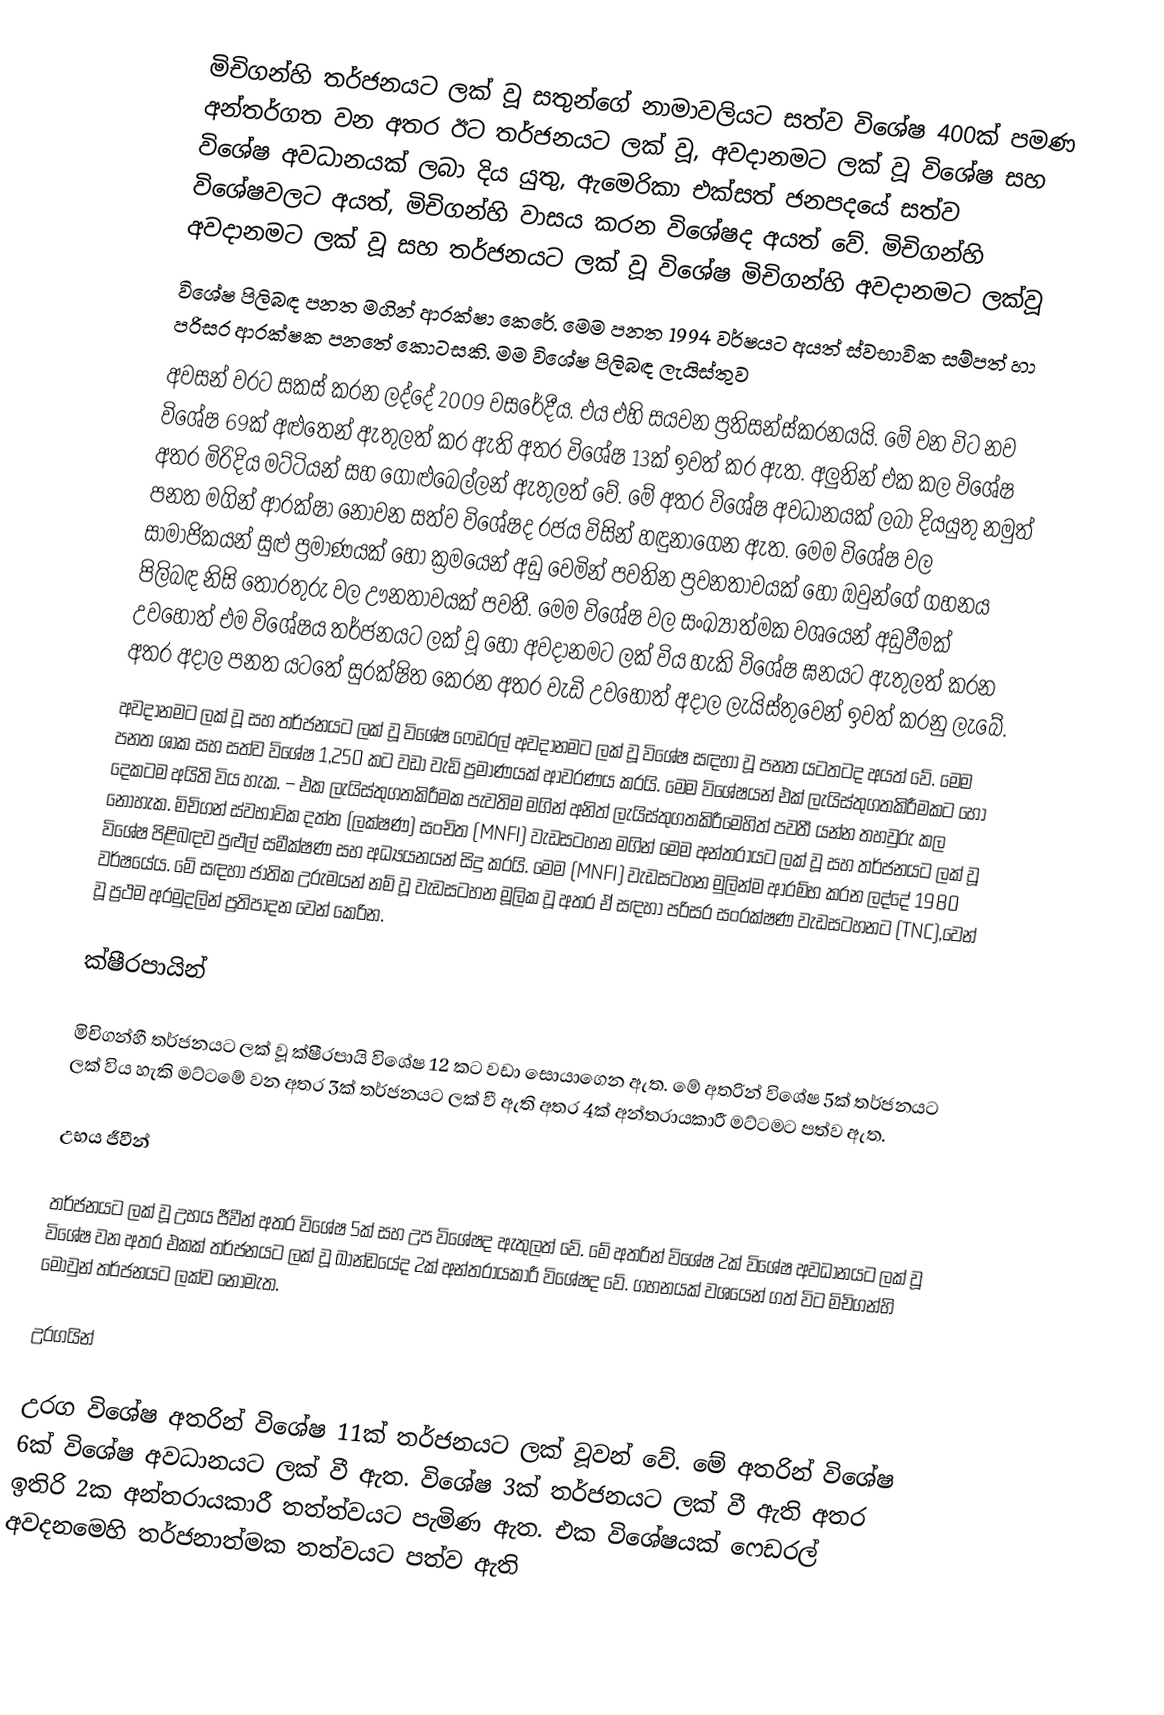
මිචිගන්හි තර්ජනයට ලක් වූ සතුන්ගේ නාමාවලියට සත්ව විශේෂ 400ක් පමණ අන්තර්ගත වන අතර ඊට තර්ජනයට ලක් වූ, අවදානමට ලක් වූ විශේෂ සහ විශේෂ අවධානයක් ලබා දිය යුතු, ඇමෙරිකා එක්සත් ජනපදයේ සත්ව විශේෂවලට අයත්, මිචිගන්හි වාසය කරන විශේෂද අයත් වේ. මිචිගන්හි අවදානමට ලක් වූ සහ තර්ජනයට ලක් වූ විශේෂ මිචිගන්හි අවදානමට ලක්වූ
විශේෂ පිලිබඳ පනත මගින් ආරක්ෂා කෙරේ. මෙම පනත 1994 වර්ෂයට අයත් ස්වභාවික සම්පත් හා පරිසර ආරක්ෂක පනතේ කොටසකි. මම විශේෂ පිලිබඳ ලැයිස්තුව
අවසන් වරට සකස් කරන ලද්දේ 2009 වසරේදීය. එය එහි සයවන ප්‍රතිසන්ස්කරනයයි. මේ වන විට නව විශේෂ 69ක් අළුතෙන් ඇතුලත් කර ඇති අතර විශේෂ 13ක් ඉවත් කර ඇත. අලුතින් එක කල විශේෂ අතර මිරිදිය මට්ටියන් සහ ගොළුබෙල්ලන් ඇතුලත් වේ. මේ අතර විශේෂ අවධානයක් ලබා දියයුතු නමුත් පනත මගින් ආරක්ෂා නොවන සත්ව විශේෂද රජය විසින් හඳුනාගෙන ඇත. මෙම විශේෂ වල සාමාජිකයන් සුළු ප්‍රමාණයක් හෝ ක්‍රමයෙන් අඩු වෙමින් පවතින ප්‍රවනතාවයක් හෝ ඔවුන්ගේ ගහනය පිලිබඳ නිසි තොරතුරු වල ඌනතාවයක් පවතී. මෙම විශේෂ වල සංඛ්‍යාත්මක වශයෙන් අඩුවීමක් උවහොත් එම විශේෂය තර්ජනයට ලක් වූ හෝ අවදානමට ලක් විය හැකි විශේෂ ඝනයට ඇතුලත් කරන අතර අදාල පනත යටතේ සුරක්ෂිත කෙරන අතර වැඩි උවහොත් අදාල ලැයිස්තුවෙන් ඉවත් කරනු ලැබේ.
අවදානමට ලක් වූ සහ තර්ජනයට ලක් වූ විශේෂ ෆෙඩරල් අවදානමට ලක් වූ විශේෂ සඳහා වූ පනත යටතටද අයත් වේ. මෙම පනත ශාක සහ සත්ව විශේෂ 1,250 කට වඩා වැඩි ප්‍රමාණයක් ආවරණය කරයි. මෙම විශේෂයන් එක් ලැයිස්තුගතකිරීමකට හෝ දෙකටම අයිති විය හැක. – එක ලැයිස්තුගතකිරීමක පැවතිම මගින් අනිත් ලැයිස්තුගතකිරීමෙහිත් පවතී යන්න තහවුරු කල නොහැක. මිචිගන් ස්වභාවික දත්ත (ලක්ෂණ) සංචිත (MNFI) වැඩසටහන මගින් මෙම අන්තරායට ලක් වූ සහ තර්ජනයට ලක් වූ විශේෂ පිළිබඳව පුළුල් සමීක්ෂණ සහ අධ්‍යයනයන් සිදු කරයි. මෙම (MNFI) වැඩසටහන මුලින්ම ආරම්භ කරන ලද්දේ 1980 වර්ෂයේය. මේ සඳහා ජාතික උරුමයන් නම් වූ වැඩසටහන මූලික වූ අතර ඒ සඳහා පරිසර සංරක්ෂණ වැඩසටහනට (TNC),වෙන් වූ ප්‍රථම අරමුදලින් ප්‍රතිපාදන වෙන් කෙරින.

ක්ෂීරපායින්

මිචිගන්හී තර්ජනයට ලක් වූ ක්ෂීරපායි විශේෂ 12 කට වඩා සොයාගෙන ඇත. මේ අතරින් විශේෂ 5ක් තර්ජනයට ලක් විය හැකි මට්ටමේ වන අතර 3ක් තර්ජනයට ලක් වී ඇති අතර 4ක් අන්තරායකාරී මට්ටමට පත්ව ඇත.

උභය ජීවීන්

තර්ජනයට ලක් වූ උභය ජීවීන් අතර විශේෂ 5ක් සහ උප විශේෂද ඇතුලත් වේ. මේ අතරින් විශේෂ 2ක් විශේෂ අවධානයට ලක් වූ විශේෂ වන අතර එකක් තර්ජනයට ලක් වූ ඛාන්ඩයේද 2ක් අන්තරායකාරී විශේෂද වේ. ගහනයක් වශයෙන් ගත් විට මිචිගන්හි මොවුන් තර්ජනයට ලක්ව නොමැත.

උරගයින්

උරග විශේෂ අතරින් විශේෂ 11ක් තර්ජනයට ලක් වූවන් වේ. මේ අතරින් විශේෂ 6ක් විශේෂ අවධානයට ලක් වී ඇත. විශේෂ 3ක් තර්ජනයට ලක් වී ඇති අතර ඉතිරි 2ක අන්තරායකාරී තත්ත්වයට පැමිණ ඇත. එක විශේෂයක් ෆෙඩරල් අවදනමෙහි තර්ජනාත්මක තත්වයට පත්ව ඇති